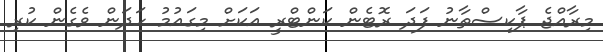
މިރާއްޖެ ޕާކިސްތާނު ފަދަ ރޮޓެން ކަންޓްރީ އަކަށް މިގައުމު ހަދަން ވެގެން ކުރި